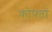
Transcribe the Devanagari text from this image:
कोफ्तों